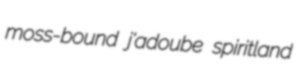
moss-bound j'adoube spiritland